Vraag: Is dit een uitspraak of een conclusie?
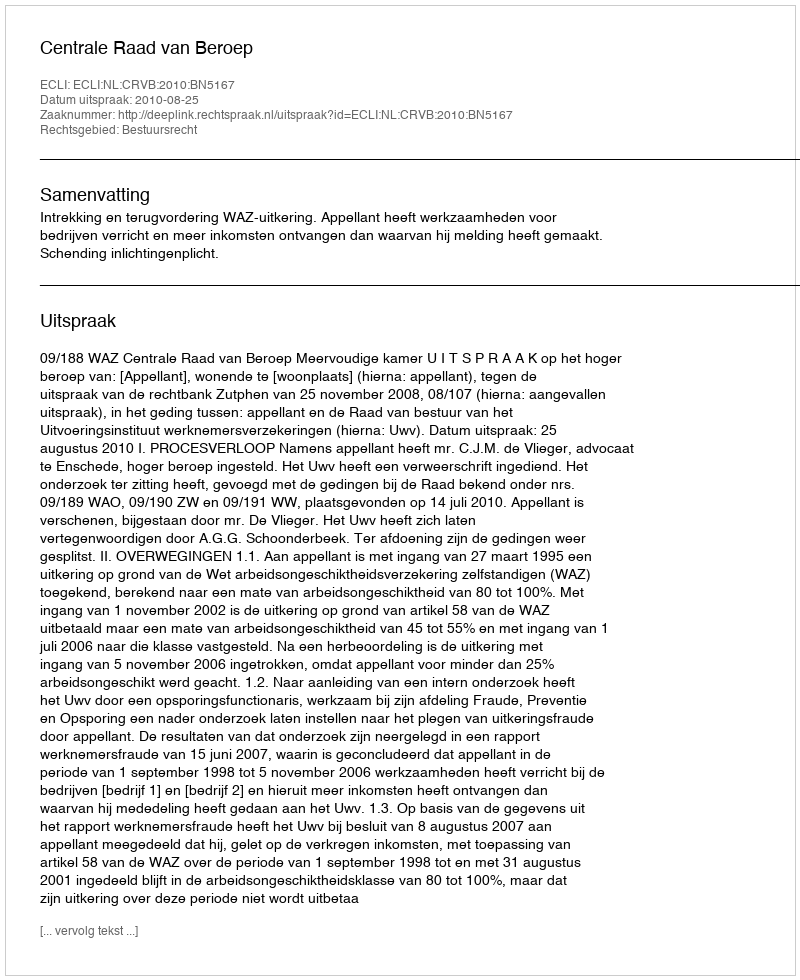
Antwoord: Uitspraak